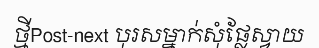
ថ្មីPost-next បុរសម្នាក់សុំផ្លែស្វាយ